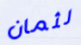
لثمان